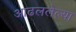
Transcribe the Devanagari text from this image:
आढललेल्या